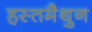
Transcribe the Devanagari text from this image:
हस्‍तमैथुन